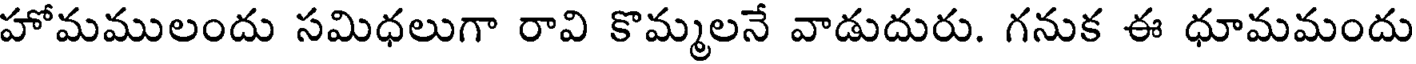
హోమములందు సమిధలుగా రావి కొమ్మలనే వాడుదురు. గనుక ఈ ధూమమందు